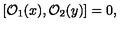
[ \mathcal { O } _ { 1 } ( { x } ) , \mathcal { O } _ { 2 } ( { y } ) ] = 0 ,